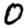
Digit: 0